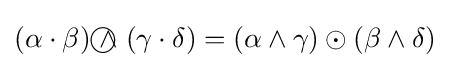
(\alpha \cdot \beta ){~\wedge \!\!\!\!\!\!\!\!\;\bigcirc ~}(\gamma \cdot \delta )=(\alpha \wedge \gamma )\odot (\beta \wedge \delta )